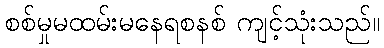
စစ်မှုမထမ်းမနေရစနစ် ကျင့်သုံးသည်။